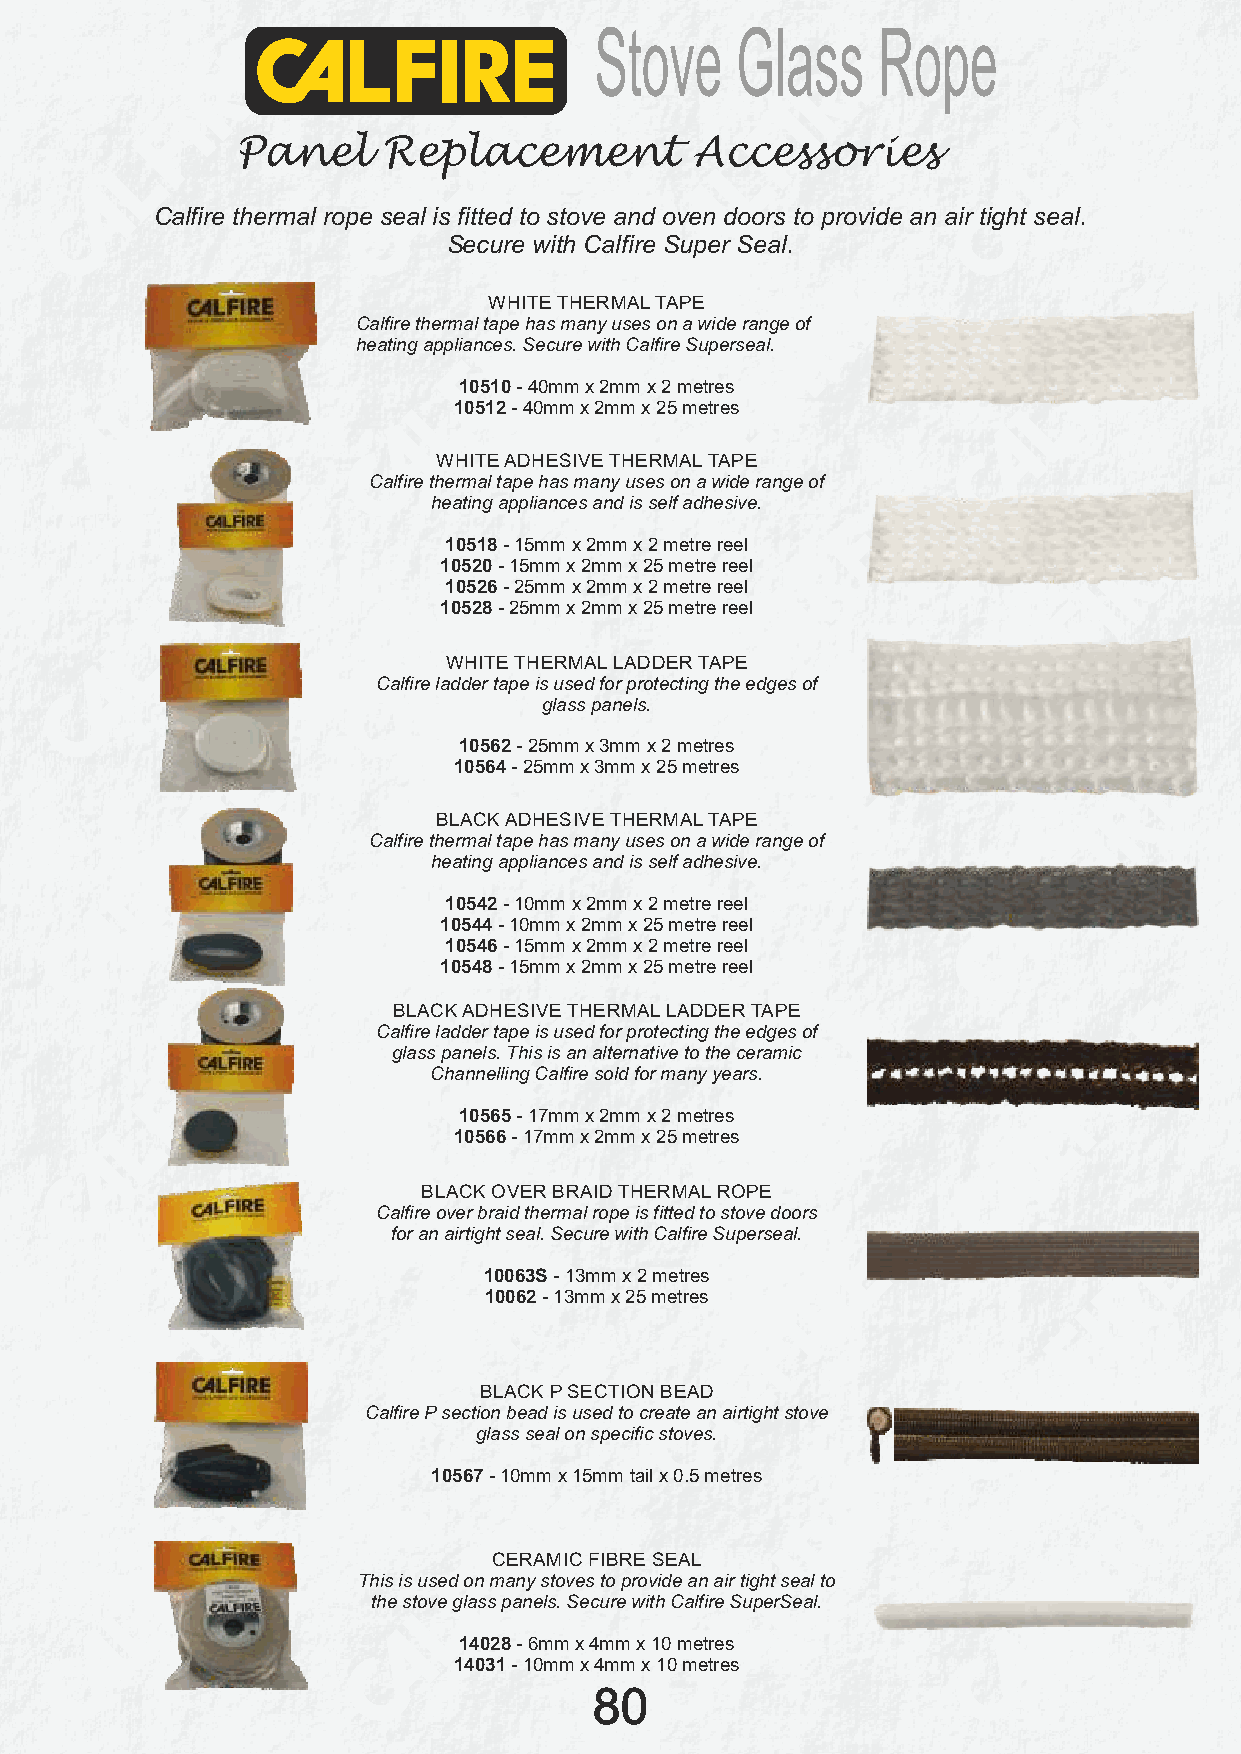
Stove     Glass    Rope
 Panel    Replacement          Accessories
 Calfire thermal rope seal is fitted to stove and oven doors to provide an air tight seal.
 Secure with Calfire Super Seal.
 WHITE THERMAL TAPE
 Calfire thermal tape has many uses on a wide range of
 heating appliances. Secure with Calfire Superseal.
 10510 - 40mm x 2mm x 2 metres
 10512 - 40mm x 2mm x 25 metres
 WHITE ADHESIVE THERMAL TAPE
 Calfire thermal tape has many uses on a wide range of
 heating appliances and is self adhesive.
 10518 - 15mm x 2mm x 2 metre reel
 10520 - 15mm x 2mm x 25 metre reel
 10526 - 25mm x 2mm x 2 metre reel
 10528 - 25mm x 2mm x 25 metre reel
 WHITE THERMAL LADDER TAPE
 Calfire ladder tape is used for protecting the edges of
 glass panels.
 10562 - 25mm x 3mm x 2 metres
 10564 - 25mm x 3mm x 25 metres
 BLACK ADHESIVE THERMAL TAPE
 Calfire thermal tape has many uses on a wide range of
 heating appliances and is self adhesive.
 10542 - 10mm x 2mm x 2 metre reel
 10544 - 10mm x 2mm x 25 metre reel
 10546 - 15mm x 2mm x 2 metre reel
 10548 - 15mm x 2mm x 25 metre reel
 BLACK ADHESIVE THERMAL LADDER TAPE
 Calfire ladder tape is used for protecting the edges of
 glass panels. This is an alternative to the ceramic
 Channelling Calfire sold for many years.
 10565 - 17mm x 2mm x 2 metres
 10566 - 17mm x 2mm x 25 metres
 BLACK OVER BRAID THERMAL ROPE
 Calfire over braid thermal rope is fitted to stove doors
 for an airtight seal. Secure with Calfire Superseal.
 10063S - 13mm x 2 metres
 10062 - 13mm x 25 metres
 BLACK P SECTION BEAD
 Calfire P section bead is used to create an airtight stove
 glass seal on specific stoves.
 10567 - 10mm x 15mm tail x 0.5 metres
 CERAMIC FIBRE SEAL
 This is used on many stoves to provide an air tight seal to
 the stove glass panels. Secure with Calfire SuperSeal.
 14028 - 6mm x 4mm x 10 metres
 14031 - 10mm x 4mm x 10 metres
 80